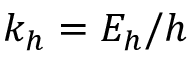
k _ { h } = E _ { h } / h